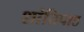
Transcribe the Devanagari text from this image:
शांतिपाठ